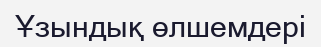
Ұзындық өлшемдері